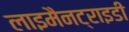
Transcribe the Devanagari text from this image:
लाइमैनट्राइडी